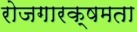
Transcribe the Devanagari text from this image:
रोजगारक्षमता